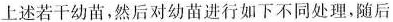
上述若干幼苗，然后对幼苗进行如下不同处理，随后